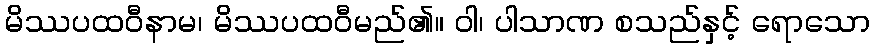
မိဿပထဝီနာမ၊ မိဿပထဝီမည်၏။ ဝါ၊ ပါသာဏ စသည်နှင့် ရောသော